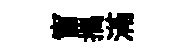
窗攜滿